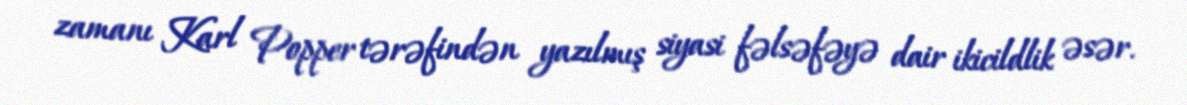
zamanı Karl Popper tərəfindən yazılmış siyasi fəlsəfəyə dair ikicildlik əsər.